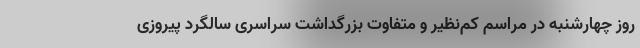
روز چهارشنبه در مراسم کم‌نظیر و متفاوت بزرگداشت سراسری سالگرد پیروزی